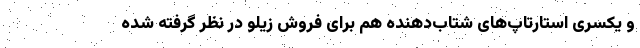
و یکسری استارتاپ‌های شتاب‌دهنده هم برای فروش زیلو در نظر گرفته شده